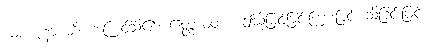
ယံပဇာနာ တိ၊ အကြင်သိ၏။ ဧတ္တာဝတာ၊ ဤသို့မြင်ခြင်းကြားခြင်း သိခြင်းဖြင့်။